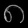
Digit: ၈